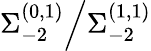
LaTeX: \Sigma_{-2}^{(0,1)}\Big/\Sigma_{-2}^{(1,1)}